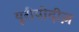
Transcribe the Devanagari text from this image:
यूरीपीदीज़